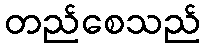
တည်စေသည်